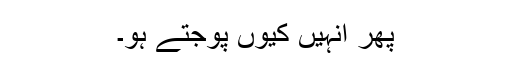
پھر انہیں کیوں پوجتے ہو۔